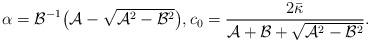
LaTeX: \begin{align*}\alpha = \mathcal B^{-1} \big( \mathcal A - \sqrt{\mathcal A^2 - \mathcal B^2} \big), c_0 = \frac{2 \bar \kappa}{\mathcal A + \mathcal B + \sqrt{\mathcal A^2 - \mathcal B^2}}.\end{align*}